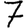
Digit: 7